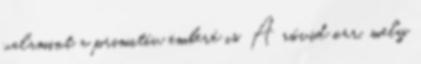
valamint a primitív emberé is. A rövid orr, mely